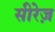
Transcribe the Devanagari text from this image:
सीरेज़